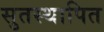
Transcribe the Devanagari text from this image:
सुतस्थापित